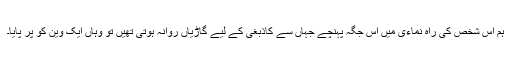
ہم اس شخص کی راہ نماءی میں اس جگہ پہنچے جہاں سے کاذبغی کے لیے گاڑیاں روانہ ہوتی تھیں تو وہاں ایک وین کو پر پایا۔